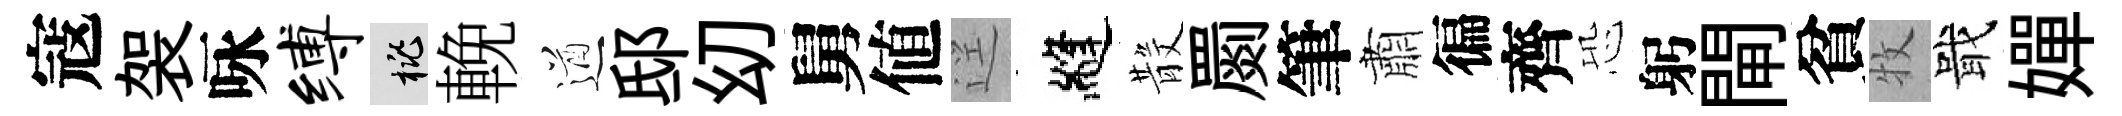
寇袈咏缚桃輓遒邸㓜舅値逕縫𣪚罽筆肅徧齊恐躬閘貧牧戢嬋